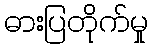
ဓားပြတိုက်မှု